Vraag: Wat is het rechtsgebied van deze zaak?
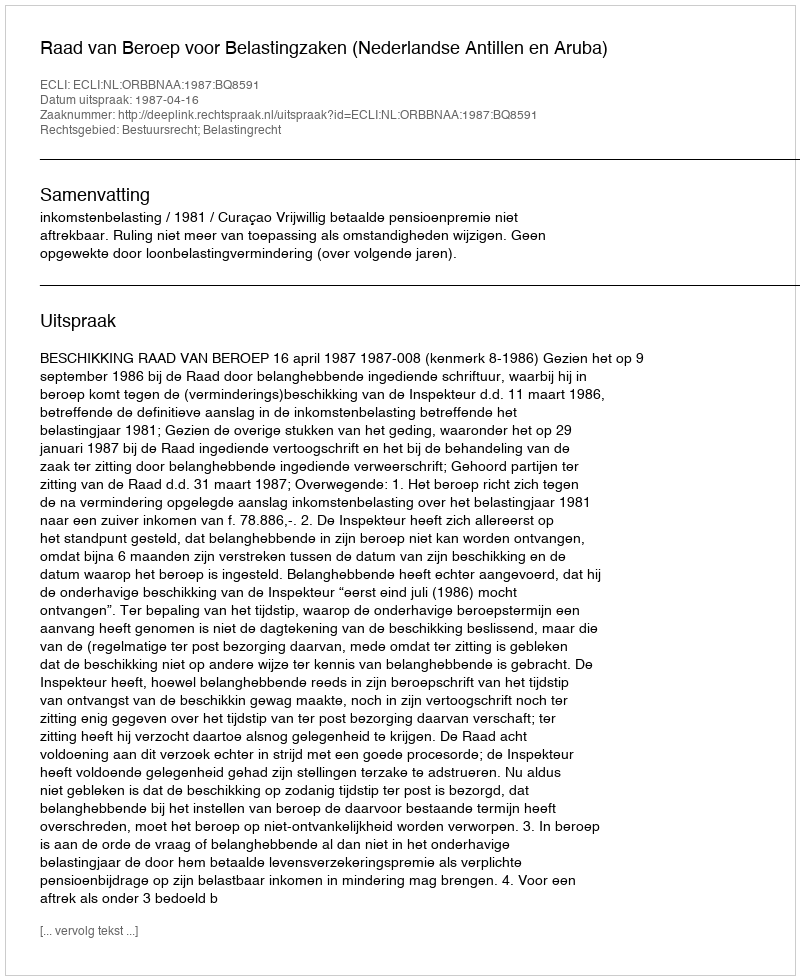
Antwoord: Bestuursrecht; Belastingrecht